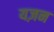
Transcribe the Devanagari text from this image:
यज़न